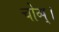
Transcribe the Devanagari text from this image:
चोव्प्।